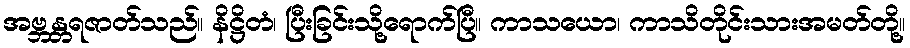
အဗ္ဘန္တရဇာတ်သည်။ နိဋ္ဌိတံ၊ ပြီးခြင်းသို့ရောက်ပြီ။ ကာသယော၊ ကာသိတိုင်းသားအမတ်တို့။